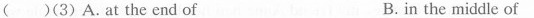
( )(3)A.At the end of B. in the middle of